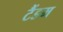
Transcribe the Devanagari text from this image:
टैंडम